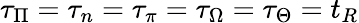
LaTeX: \tau_{\Pi}=\tau_{n}=\tau_{\pi}=\tau_{\Omega}=\tau_{\Theta}=t_{R}